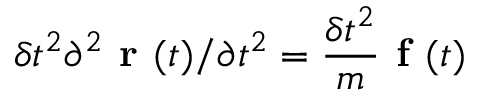
\delta t ^ { 2 } \partial ^ { 2 } \textbf { r } ( t ) / \partial t ^ { 2 } = \frac { \delta t ^ { 2 } } { m } \textbf { f } ( t )